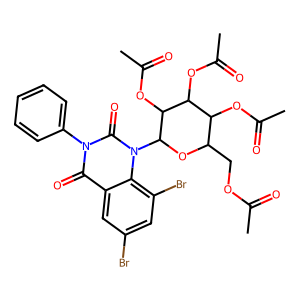
SMILES: CC(=O)OCC1OC(n2c(=O)n(-c3ccccc3)c(=O)c3cc(Br)cc(Br)c32)C(OC(C)=O)C(OC(C)=O)C1OC(C)=O
Inhibits HIV replication: No